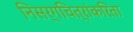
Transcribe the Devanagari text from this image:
निसर्गचित्रांकरिता